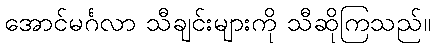
အောင်မင်္ဂလာ သီချင်းများကို သီဆိုကြသည်။